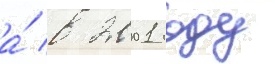
а́ в 2001 году